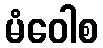
မံဝေါစ